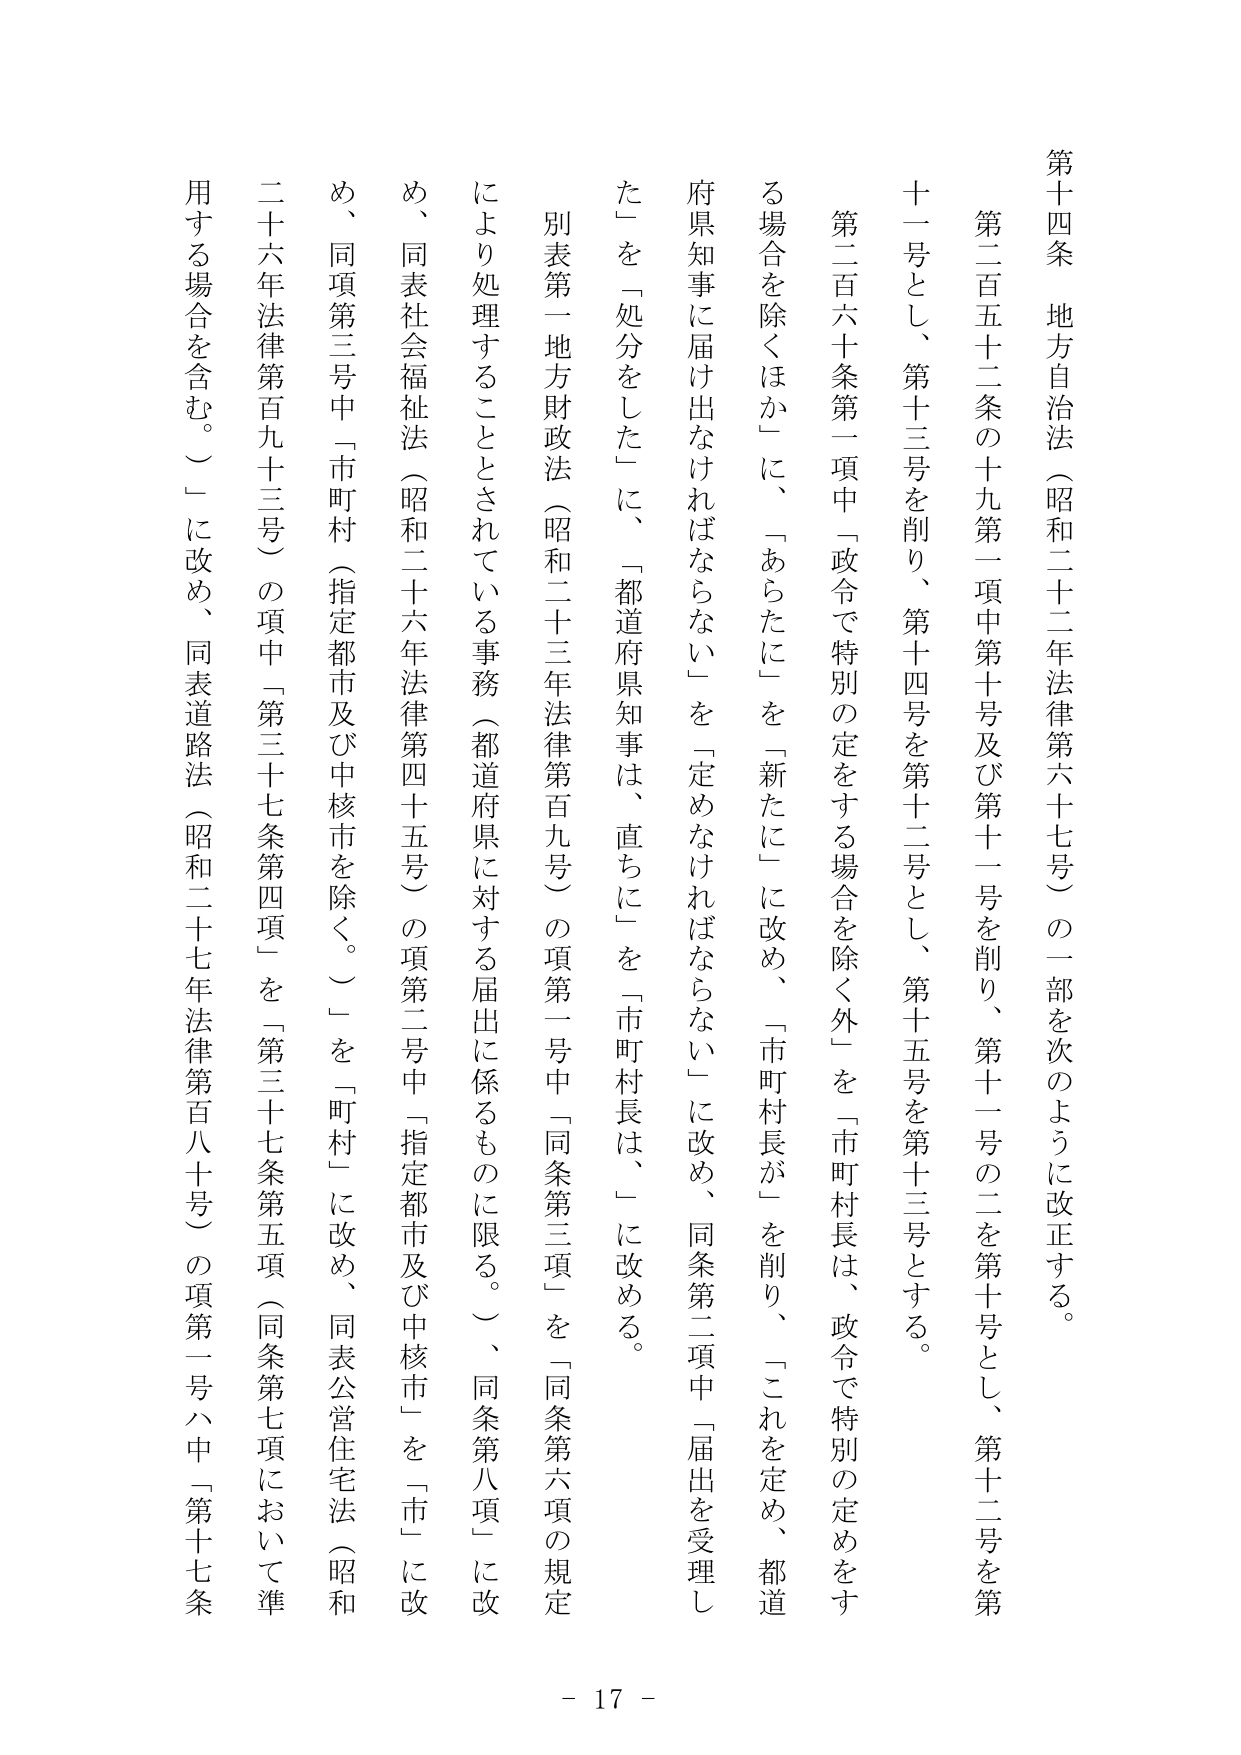
第十四条 地方自治法（昭和二十二年法律第六十七号）の一部を次のように改正する。

第二百五十二条の十九第一項中第十号及び第十一号を削り、第十一号の二を第十号とし、第十二号を第十一号とし、第十三号を削り、第十四号を第十二号とし、第十五号を第十三号とする。

第二百六十条第一項中「政令で特別の定をする場合を除く外」を「市町村長は、政令で特別の定めをする場合を除くほか」に、「あらたに」を「新たに」に改め、「市町村長が」を削り、「これを定め、都道府県知事に届け出なければならない」を「定めなければならない」に改め、同条第二項中「届出を受理した」を「処分をした」に、「都道府県知事は、直ちに」を「市町村長は、」に改める。

別表第一地方財政法（昭和二十三年法律第百九号）の項第一号中「同条第三項」を「同条第六項の規定により処理することとされている事務（都道府県に対する届出に係るものに限る。）」、同条第八項」に改め、同表社会福祉法（昭和二十六年法律第四十五号）の項第二号中「指定都市及び中核市を除く。」を「町村」に改め、同表公営住宅法（昭和二十六年法律第百九十三号）の項中「第三十七条第四項」を「第三十七条第五項（同条第七項において準用する場合を含む。）」に改め、同表道路法（昭和二十七年法律第百八十号）の項第一号ハ中「第十七条

- 17 -